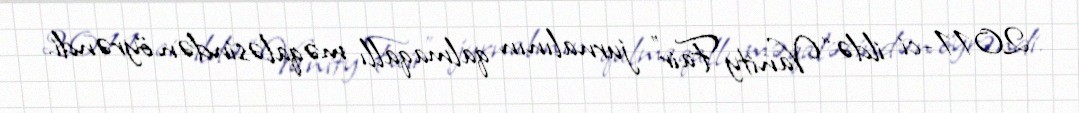
2011-ci ildə “Vanity Fair” jurnalının qalmaqallı məqaləsindən öyrəndi.